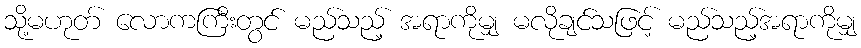
သို့မဟုတ် လောကကြီးတွင် မည်သည့် အရာကိုမျှ မလိုချင်သဖြင့် မည်သည့်အရာကိုမျှ